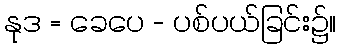
နုဒ = ခေပေ - ပစ်ပယ်ခြင်း၌။